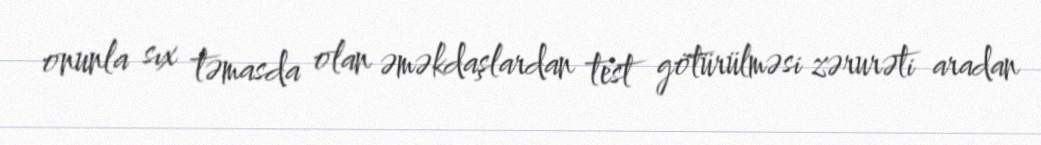
onunla sıx təmasda olan əməkdaşlardan test götürülməsi zərurəti aradan